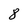
Character: 8